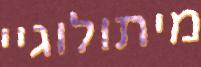
מיתולוגיי